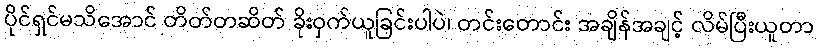
ပိုင်ရှင်မသိအောင် တိတ်တဆိတ် ခိုးဝှက်ယူခြင်းပါပဲ၊ တင်းတောင်း အချိန်အချင့် လိမ်ပြီးယူတာ